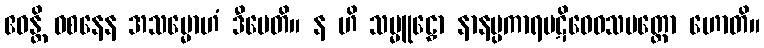
ဧဝန္တိ ဝစနေန အသမ္မောဟံ ဒီပေတိ။ န ဟိ သမ္မူဠှော နာနပ္ပကာရပဋိဝေဓသမတ္ထော ဟောတိ။